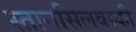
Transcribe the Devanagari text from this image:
स्तानसिलवस्की